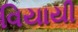
વિયાયી